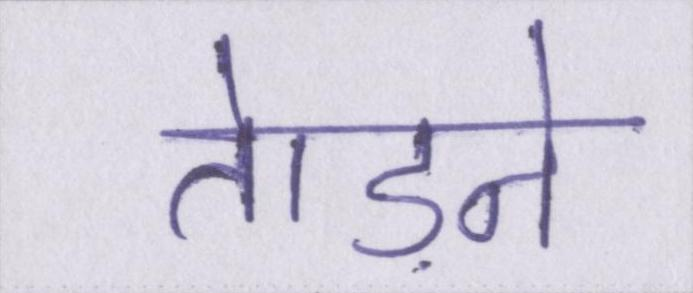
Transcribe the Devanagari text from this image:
तेाड़ने